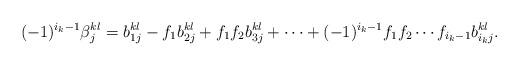
LaTeX: \begin{align*}(-1)^{i_k-1}\beta^{kl}_j&=b^{kl}_{1j}-f_1b^{kl}_{2j}+f_1f_2b^{kl}_{3j}+\dotsm+(-1)^{i_k-1}f_1f_2\dotsm f_{i_k-1}b^{kl}_{i_kj}.\\ \end{align*}